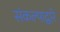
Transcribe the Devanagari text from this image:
संकल्पाद्वारे